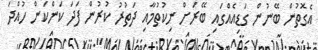
އެގޮތުން ބޭނުން ގަޑިއެއްގައި ބޭރަށް ނިކުތުމާއި ދަތުރު ކުރުން ފަދަ ކަންކަން ހުއްދަ